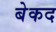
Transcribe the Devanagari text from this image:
बेकद